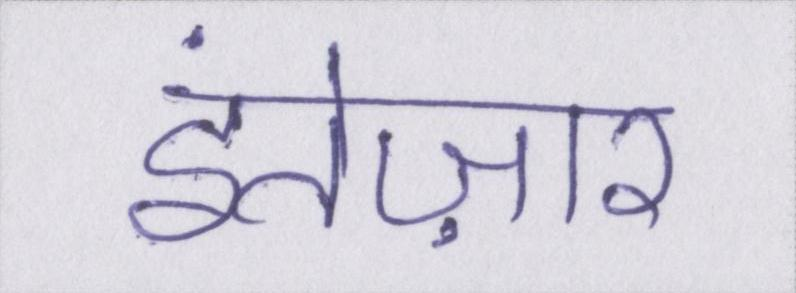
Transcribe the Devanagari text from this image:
इंतेज़ार